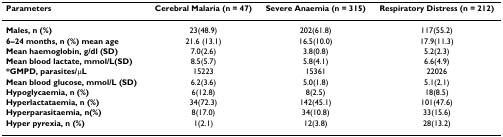
| Parameters | Cerebral Malaria (n = 47) | Severe Anaemia (n = 315) | Respiratory Distress (n = 212) |
 | --- | --- | --- | --- |
 | Males, n (%) | 23(48.9) | 202(61.8) | 117(55.2) |
 | 6–24 months, n (%) mean age | 21.6 (13.1) | 16.5(10.0) | 17.9(11.3) |
 | Mean haemoglobin, g/dl (SD) | 7.0(2.6) | 3.8(0.8) | 5.2(2.3) |
 | Mean blood lactate, mmol/L(SD) | 8.5(5.7) | 5.8(4.1) | 6.6(4.9) |
 | *GMPD, parasites/μL | 15223 | 15361 | 22026 |
 | Mean blood glucose, mmol/L (SD) | 6.2(3.6) | 5.0(1.8) | 5.1(2.1) |
 | Hypoglycaemia, n (%) | 6(12.8) | 8(2.5) | 18(8.5) |
 | Hyperlactataemia, n (%) | 34(72.3) | 142(45.1) | 101(47.6) |
 | Hyperparasitaemia, n(%) | 8(17.0) | 34(10.8) | 33(15.6) |
 | Hyper pyrexia, n (%) | 1(2.1) | 12(3.8) | 28(13.2) |